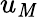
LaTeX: u_{\mathit{M}}